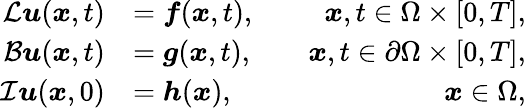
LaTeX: \begin{array}{rlr}{\mathcal{L}\boldsymbol{u}(\boldsymbol{x},t)}&{=\boldsymbol{f}(\boldsymbol{x},t),}&{\quad\boldsymbol{x},t\in\Omega\times[0,T],}\\ {\mathcal{B}\boldsymbol{u}(\boldsymbol{x},t)}&{=\boldsymbol{g}(\boldsymbol{x},t),}&{\quad\boldsymbol{x},t\in\partial\Omega\times[0,T],}\\ {\mathcal{I}\boldsymbol{u}(\boldsymbol{x},0)}&{=\boldsymbol{h}(\boldsymbol{x}),}&{\quad\boldsymbol{x}\in\Omega,}\end{array}